Annual administration and progress report of the Indian Medical Department, Bombay
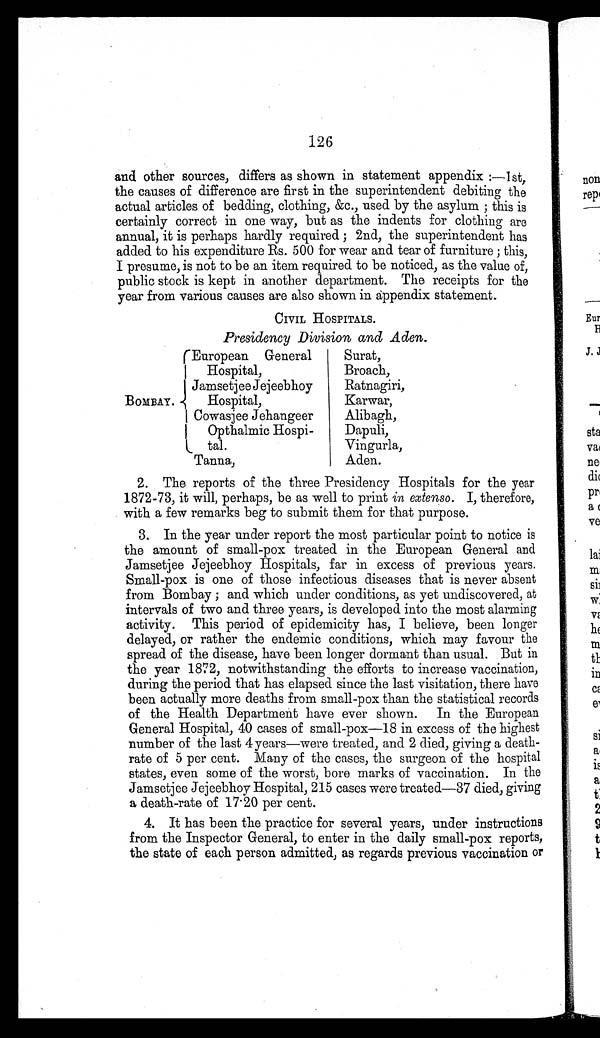
126
and other sources, differs as shown in statement appendix:—1st,
the causes of difference are first in the superintendent debiting the
actual articles of bedding, clothing, &c., used by the asylum; this is
certainly correct in one way, but as the indents for clothing are
annual, it is perhaps hardly required; 2nd, the superintendent has
added to his expenditure Rs. 500 for wear and tear of furniture; this,
I presume, is not to be an item required to be noticed, as the value of,
public stock is kept in another department. The receipts for the
year from various causes are also shown in appendix statement.
CIVIL HOSPITALS.
Presidency Division and Aden.
BOMBAY.
European General
Hospital,
Surat,
Broach,
Jamsetjee Jejeebhoy
Hospital,
Ratnagiri,
Karwar,
Cowasjee Jehangeer
Opthalmic Hospi
-tal.
Alibagh,
Dapuli,
Vingurla,
Tanna,
Aden.
2. The reports of the three Presidency Hospitals for the year
1872-73, it will, perhaps, be as well to print in extenso. I, therefore,
with a few remarks beg to submit them for that purpose.
3. In the year under report the most particular point to notice is
the amount of small-pox treated in the European General and
Jamsetjee Jejeebhoy Hospitals, far in excess of previous years.
Small-pox is one of those infectious diseases that is never absent
from Bombay; and which under conditions, as yet undiscovered, at
intervals of two and three years, is developed into the most alarming
activity. This period of epidemicity has, I believe, been longer
delayed, or rather the endemic conditions, which may favour the
spread of the disease, have been longer dormant than usual. But in
the year 1872, notwithstanding the efforts to increase vaccination,
during the period that has elapsed since the last visitation, there have
been actually more deaths from small-pox than the statistical records
of the Health Department have ever shown. In the European
General Hospital, 40 cases of small-pox—18 in excess of the highest
number of the last 4 years—were treated, and 2 died, giving a death
-
rate of 5 per cent. Many of the cases, the surgeon of the hospital
states, even some of the worst, bore marks of vaccination. In the
Jamsetjee Jejeebhoy Hospital, 215 cases were treated—37 died, giving
a death-rate of 17.20 per cent.
4. It has been the practice for several years, under instructions
from the Inspector General, to enter in the daily small-pox reports,
the state of each person admitted, as regards previous vaccination or